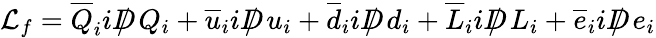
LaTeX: {\mathcal{L}}_{f}={\overline{{Q}}}_{i}iD\! \! \! \! /\; Q_{i}+{\overline{{u}}}_{i}iD\! \! \! \! /\; u_{i}+{\overline{{d}}}_{i}iD\! \! \! \! /\; d_{i}+{\overline{{L}}}_{i}iD\! \! \! \! /\; L_{i}+{\overline{{e}}}_{i}iD\! \! \! \! /\; e_{i}